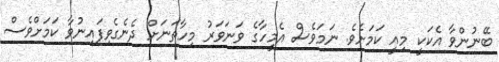
ބޭނުންވާ އެކަކީ މިއީ ކަަމަށެވެ. ނަމަވެސް އެމީހާގެ ވަނަވަރު މިހާތަނަށް ދެނެގެވިފައިނުވާ ކަމަށްވެސް